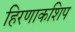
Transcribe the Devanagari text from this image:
हिरणाकशिप